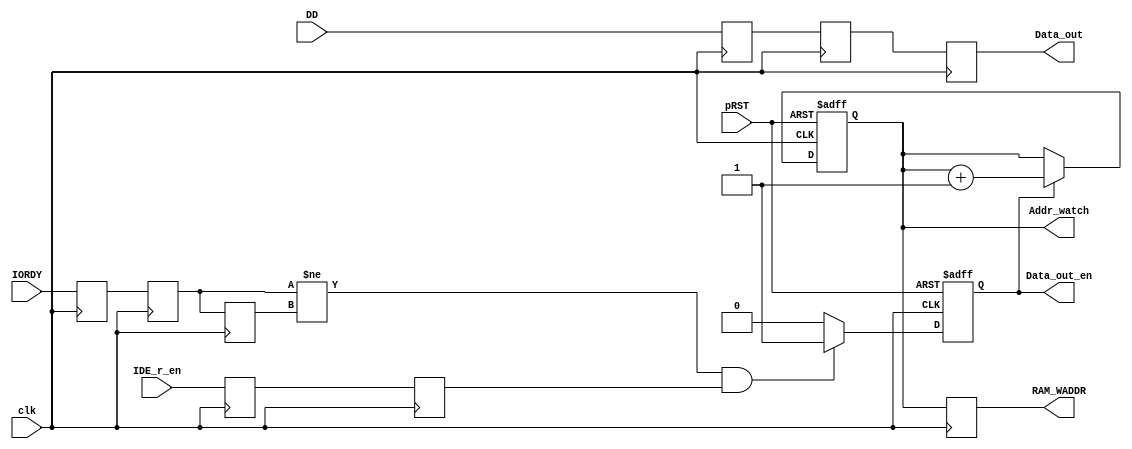
module get_hdisk_data(
	input clk,
	input pRST,
	input IORDY,
	input [15:0] DD,
	input IDE_r_en,
	
	output reg [15:0] Data_out,
	output reg Data_out_en,
	output reg [4:0] Addr_watch,
	output reg [4:0] RAM_WADDR
	);
	
reg IORDY_s1,IORDY_s2,IORDY_s3;
reg [15:0] DD_s1,DD_s2;
reg IDE_r_en_s1,IDE_r_en_s2;
reg get_data_en;
always @(posedge clk)
begin
	IORDY_s1<=IORDY;
	IORDY_s2<=IORDY_s1;
	IORDY_s3<=IORDY_s2;
	
	DD_s1<=DD;
	DD_s2<=DD_s1;
	
	IDE_r_en_s1<=IDE_r_en;
	IDE_r_en_s2<=IDE_r_en_s1;
	
	Data_out<=DD_s2;
	
	RAM_WADDR<=Addr_watch[4:0];
end

always @(posedge clk or posedge pRST)
if(pRST)
begin
	Data_out_en<=0;
end
else
begin
	if((IORDY_s2!=IORDY_s3) && (IDE_r_en_s2==1))
	begin
		Data_out_en<=1;
	end
	else
	begin
		Data_out_en<=0;
	end
end

always @(posedge clk or posedge pRST)
if(pRST)
	Addr_watch<=0;
else
	if(Data_out_en)
		Addr_watch<=Addr_watch+5'd1;

endmodule